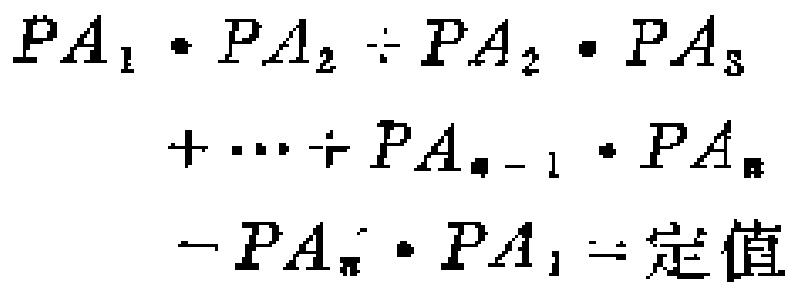
\[
\begin{align*}
PA_1\cdot PA_2 + PA_2\cdot PA_3+\cdots+PA_{n - 1}\cdot PA_n - PA_n\cdot PA_1&=\text{定值}
\end{align*}
\]